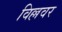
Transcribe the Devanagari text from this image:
विल्लवर